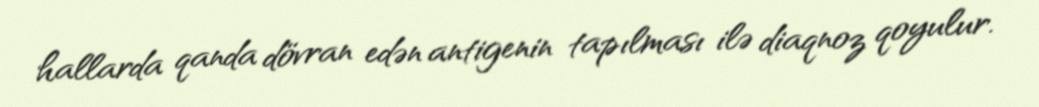
hallarda qanda dövran edən antigenin tapılması ilə diaqnoz qoyulur.